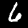
Label: 6